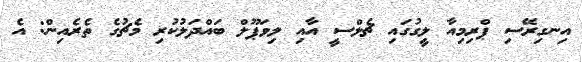
އިނގިރޭސި ޕްރިމިއާ ލީގުގައި ޗެލްސީ އާއި ލިވަޕޫލް ބައްދަލުކުރި މެޗުގެ ތެރެއިން: އެ